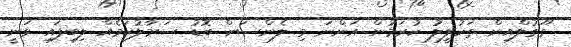
ގޫގުލްއިން ތަހުލީލު ކުރަމުން އަންނަ މި ލެންސަށް ބޮޑު ސަމާލުކަމެއް ލިބިފައި ވަނީ